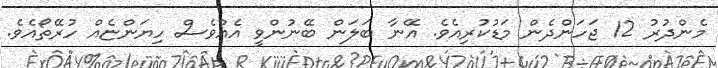
މެންދުރު 12 ޖަހަންދެން މަޑުކުރިއެވެ. އޭނާ ބަލަން ބޭނުންވީ އެއްވެސް ހިޔަންޏެއް ހުރޭތޯއެވެ.